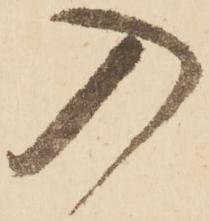
入